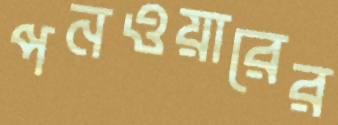
পনওয়ারের